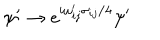
\psi ^ { \prime } \to e ^ { i \omega _ { i j } ^ { \prime } \sigma _ { i j } / 4 } \psi ^ { \prime }